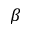
\beta